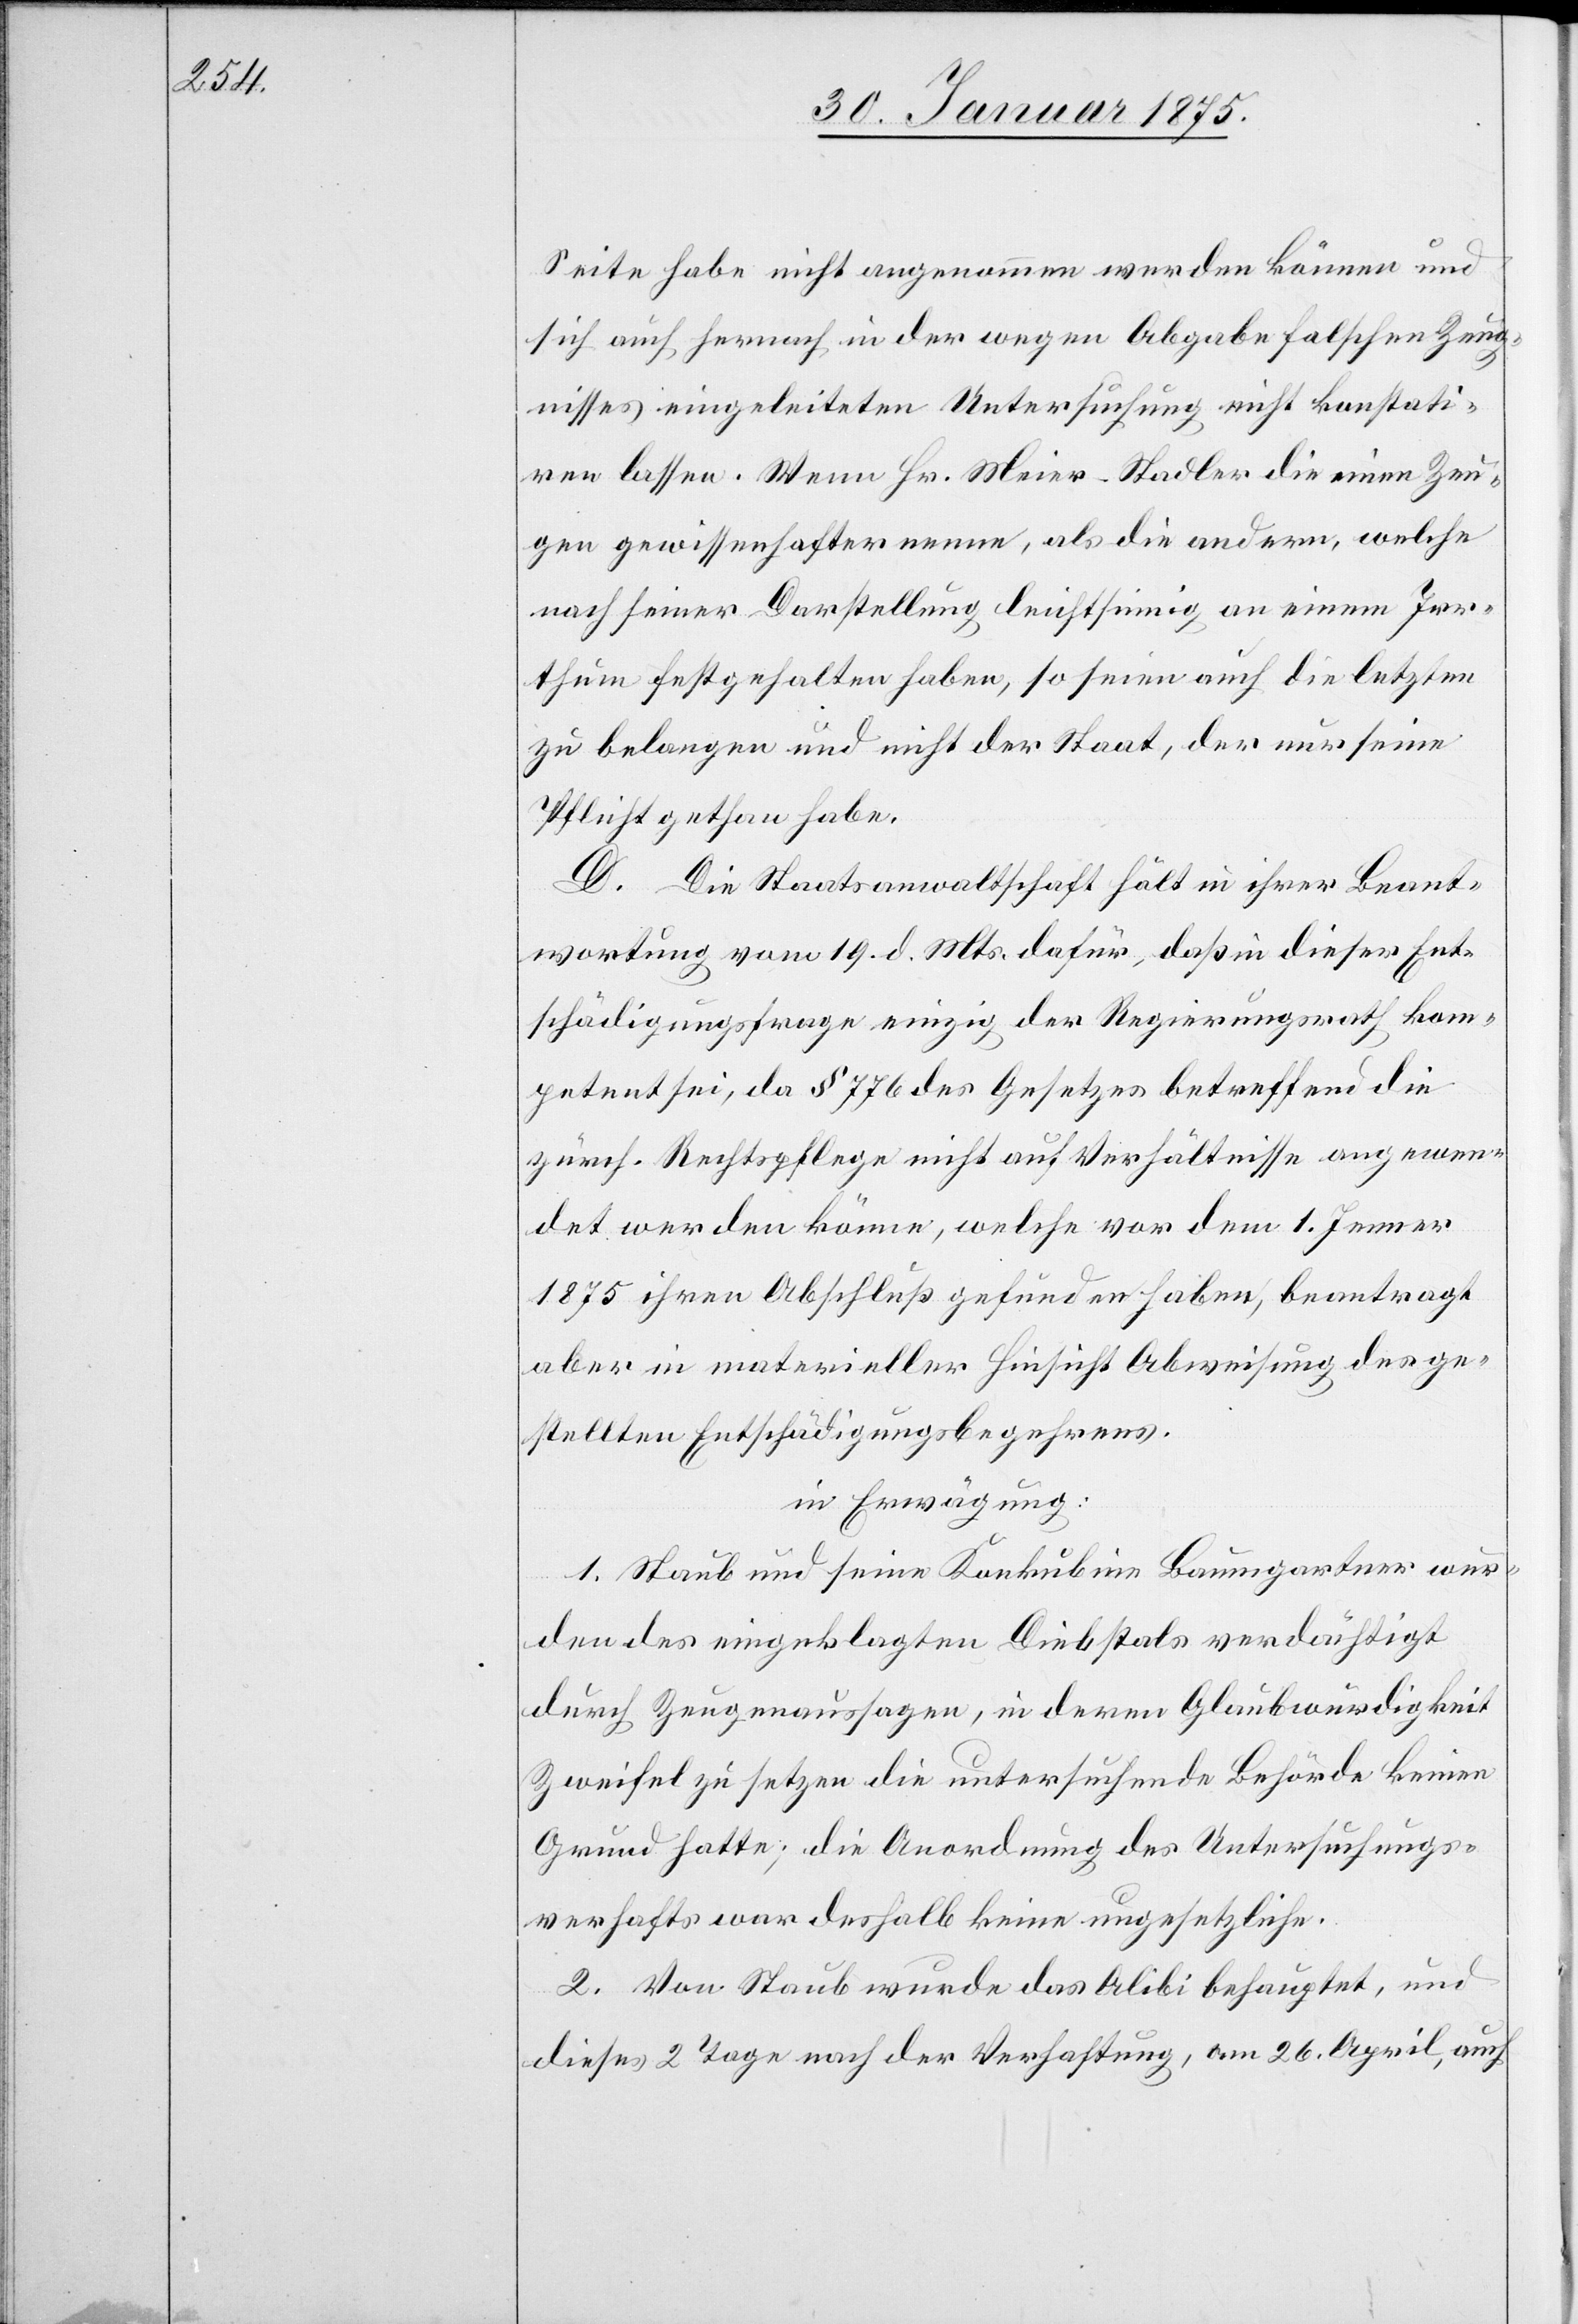
Seite habe nicht angenommen werden können und
sich auch hernach in der wegen Abgabe falscher Zeug¬
nisses eingeleiteten Untersuchung nicht konstati¬
ren lassen. Wenn Hr. Meier-Stadler die einen Zeu¬
gen gewissenhafter nenne, als die andern, welche
nach seiner Darstellung leichtsinnig an einem Irr¬
thum festgehalten haben, so seien auch die letzten
zu belangen und nicht der Staat, der nur seine
Pflicht gethan habe.
D. Die Staatsanwaltschaft hält in ihrer Beant¬
wortung vom 19. d. Mts. dafür, daß in dieser Ent¬
schädigungsfrage einzig der Regierungsrath kom¬
petent sei, da § 776 des Gesetzes betreffend die
zürch. Rechtspflege nicht auf Verhältnisse angewen¬
det werden könne, welche vor dem 1. Jenner
1875 ihren Abschluß gefunden haben, beantrage
aber in materieller Hinsicht Abweisung des ge¬
stellten Entschädigungsbegehrens.
in Erwägung:
1. Staub und seine Konkubine Baumgartner wur¬
den des eingeklagten Diebstals verdächtigt
durch Zeugenaussagen, in deren Glaubwürdigkeit
Zweifel zu setzen die untersuchende Behörde keinen
Grund hatte; die Anordnung des Untersuchungs¬
verhafts war deshalb keine ungesetzliche.
2. Von Staub wurde das Alibi behauptet, und
dieses 2 Tage nach der Verhaftung, am 26. April, auch